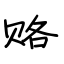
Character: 赂